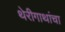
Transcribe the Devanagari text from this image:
थेरीगाथांचा